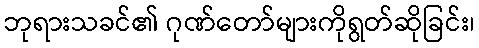
ဘုရားသခင်၏ ဂုဏ်တော်များကိုရွတ်ဆိုခြင်း၊